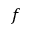
f